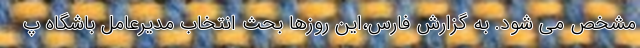
مشخص می شود. به گزارش فارس،این روزها بحث انتخاب مدیرعامل باشگاه پ